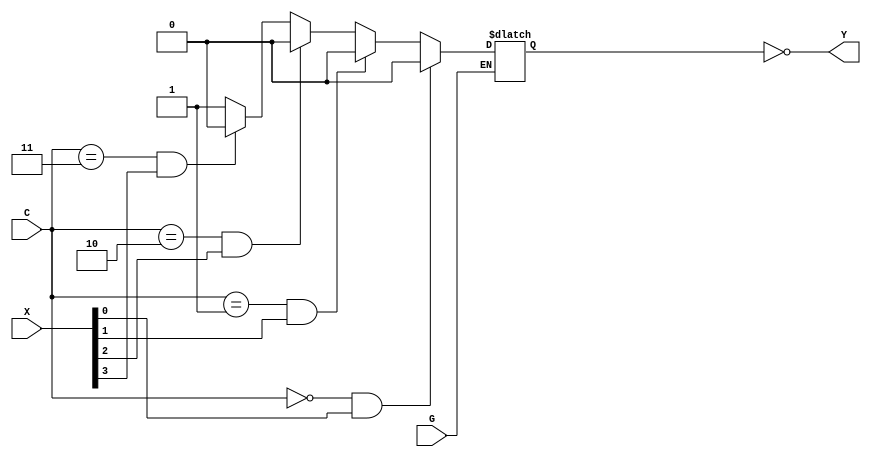
`timescale 1ns / 1ps
//////////////////////////////////////////////////////////////////////////////////
// Company: 
// Engineer: 
// 
// Design Name: 
// Module Name:    mux_c 
// Project Name: 
// Target Devices: 
// Tool versions: 
// Description: 
//
// Dependencies: 
//
// Revision: 
// Revision 0.01 - File Created
// Additional Comments: 
//
//////////////////////////////////////////////////////////////////////////////////
module mux_c(
	 input G,
    input [1:0] C,
    input [3:0] X,
    output Y
    );
	 
	wire [1:0] sel;
	wire x0;
	wire x1;
	wire x2;
	wire x3;
	reg out;

	assign sel = {C[1], C[0]};
	assign x0 = X[0];
	assign x1 = X[1];
	assign x2 = X[2];
	assign x3 = X[3];

	assign Y = ~out;

	always@(G or sel or x0 or x1 or x2 or x3)
		begin
			if (G == 1'b0)
				begin
					if (sel == 2'b00 && x0 == 1'b1)
						begin 
							out = 1'b0;
						end
					else if (sel == 2'b01 && x1 == 1'b1)
						begin 
							out = 1'b0;
						end
					else if (sel == 2'b10 && x2 == 1'b1)
						begin
							out = 1'b0;
						end
					else if (sel == 2'b11 && x3 == 1'b1)
						begin
							out = 1'b0;
						end
					else
						begin
							out = 1'b1;
						end
				end
		end


endmodule